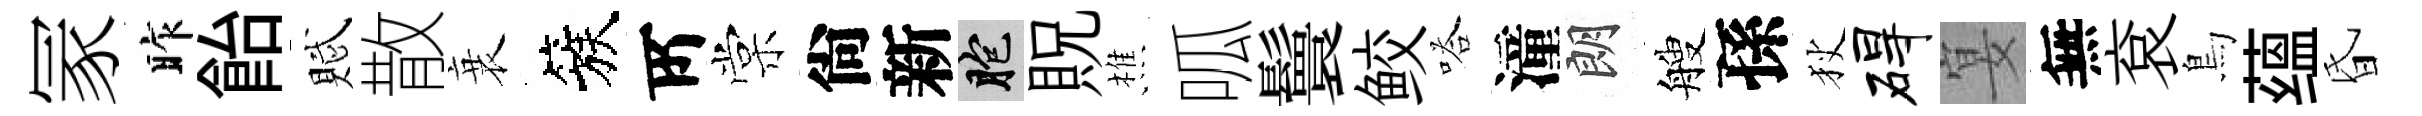
冡昨飴賦散衰簇𠩄棠尙新胞貺樵呱鬟鲛嗒潼朗艘孫狄碍宴無袞鳥蕴昏